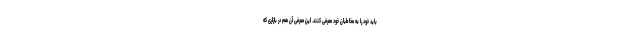
باید خود را به مخاطبان خود معرفی کنند. این معرفی آن هم در بازاری که